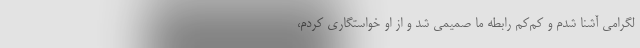
لگرامی آشنا شدم و کم‌کم رابطه ما صمیمی شد و از او خواستگاری کردم،